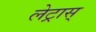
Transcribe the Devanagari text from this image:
लेट्रास्